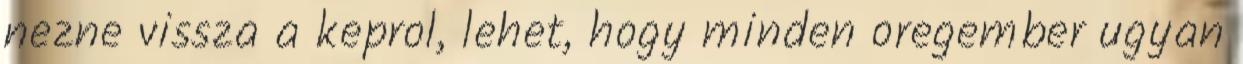
nezne vissza a keprol, lehet, hogy minden oregember ugyan